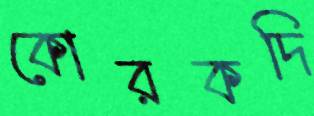
কোরকদি